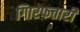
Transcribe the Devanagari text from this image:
गिारफतारी